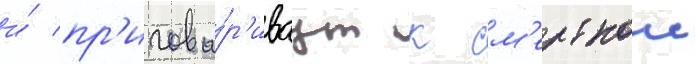
и́ пр'игова́р'иваут к см'ертнои